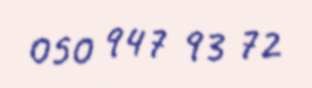
050 947 93 72